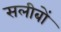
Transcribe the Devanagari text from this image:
सलीबों